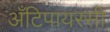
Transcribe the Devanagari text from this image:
अँटिपायरसी